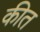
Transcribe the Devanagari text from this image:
कीत